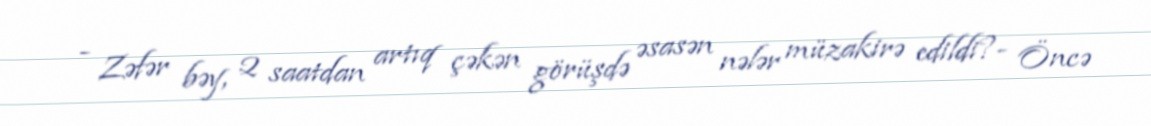
- Zəfər bəy, 2 saatdan artıq çəkən görüşdə əsasən nələr müzakirə edildi?- Öncə